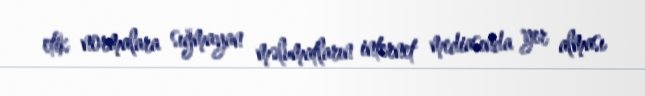
etik normalara sığmayan məlumatların internet mediasında yer alması